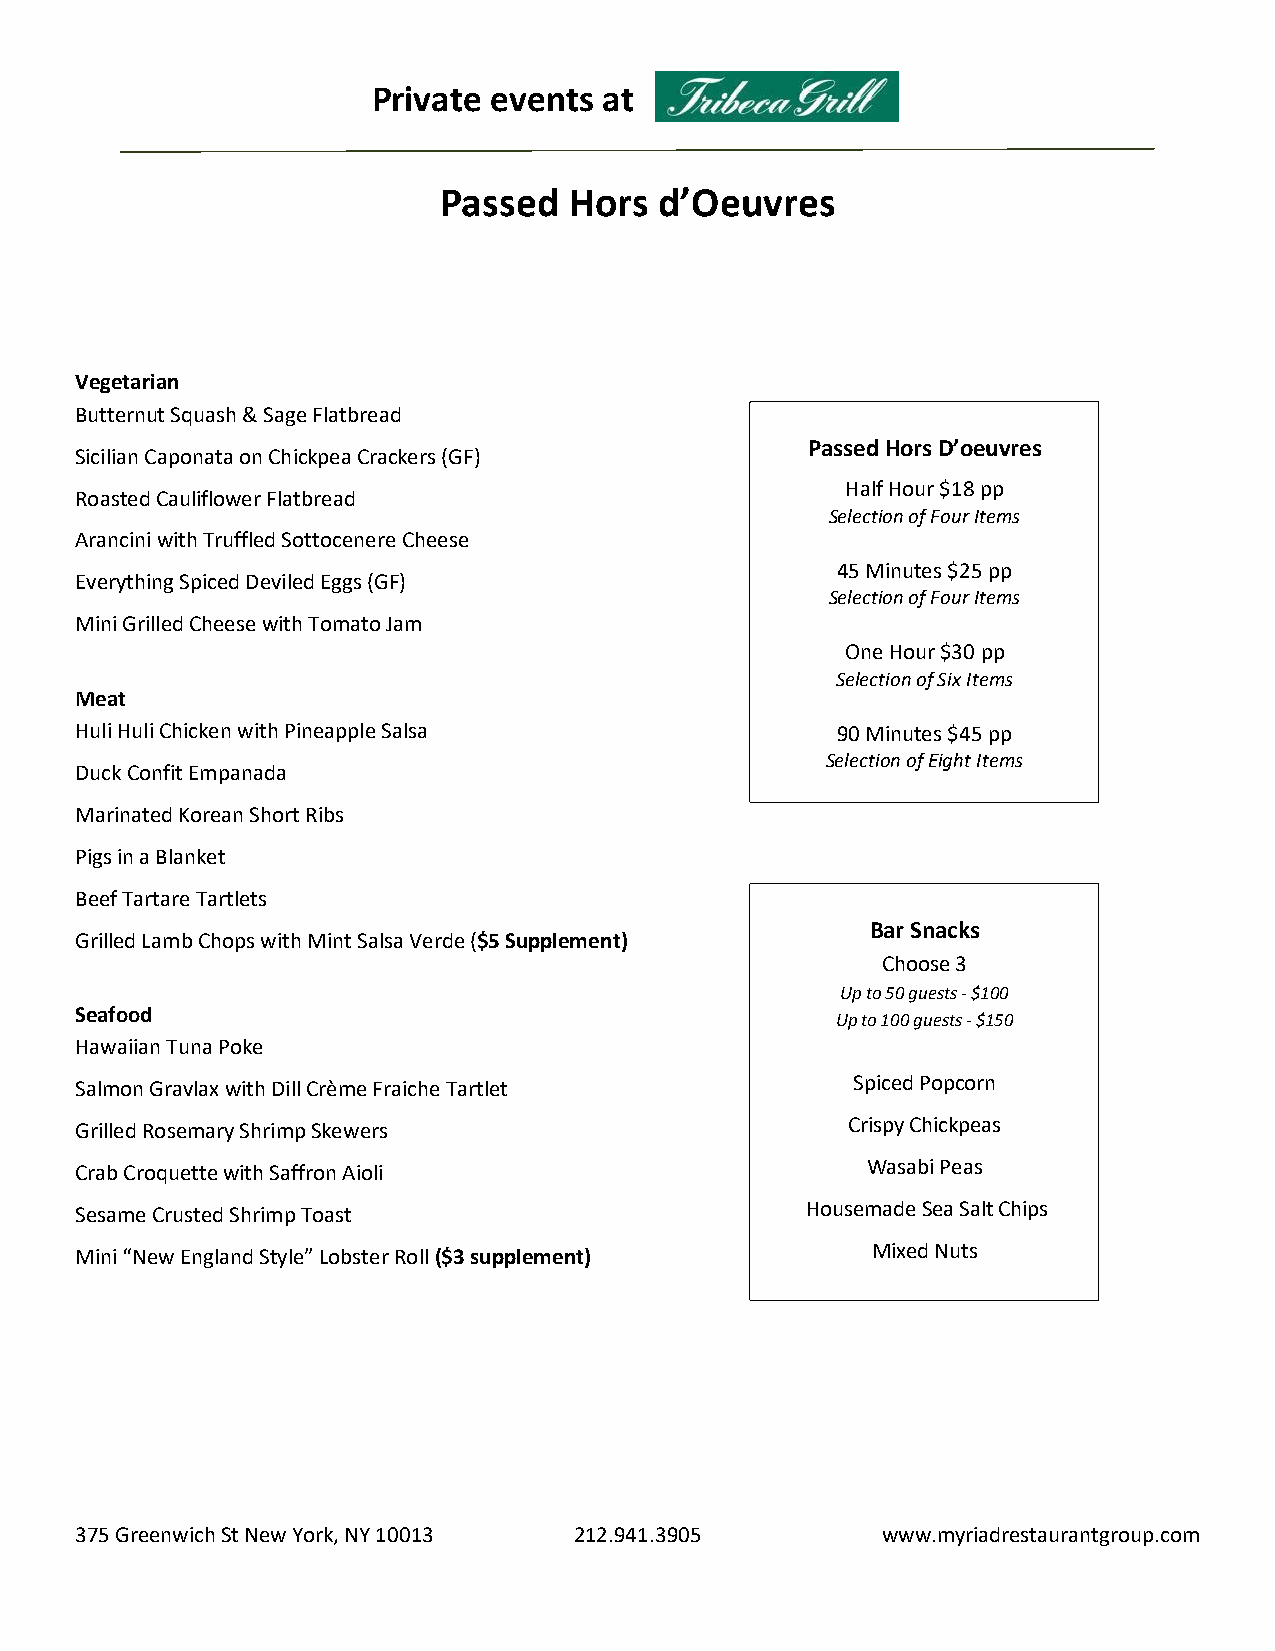
Private events at
 Passed   Hors  d’Oeuvres
 Vegetarian
 Butternut Squash & Sage Flatbread
 Passed Hors D’oeuvres
 Sicilian Caponata on Chickpea Crackers (GF)
 Half Hour $18 pp
 Roasted Cauliflower Flatbread
 Selection of Four Items
 Arancini with Truffled Sottocenere Cheese
 45 Minutes $25 pp
 Everything Spiced Deviled Eggs (GF)
 Selection of Four Items
 Mini Grilled Cheese with Tomato Jam
 One Hour $30 pp
 Selection of Six Items
 Meat
 Huli Huli Chicken with Pineapple Salsa            90 Minutes $45 pp
 Selection of Eight Items
 Duck Confit Empanada
 Marinated Korean Short Ribs
 Pigs in a Blanket
 Beef Tartare Tartlets
 Bar Snacks
 Grilled Lamb Chops with Mint Salsa Verde ($5 Supplement)
 Choose 3
 Up to 50 guests - $100
 Seafood
 Up to 100 guests - $150
 Hawaiian Tuna Poke
 Salmon Gravlax with Dill Crème Fraiche Tartlet      Spiced Popcorn
 Grilled Rosemary Shrimp Skewers                    Crispy Chickpeas
 Crab Croquette with Saffron Aioli                   Wasabi Peas
 Sesame Crusted Shrimp Toast                     Housemade Sea Salt Chips
 Mini “New England Style” Lobster Roll ($3 supplement) Mixed Nuts
 375 Greenwich St New York, NY 10013 212.941.3905     www.myriadrestaurantgroup.com